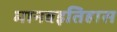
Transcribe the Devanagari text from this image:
मानवइतिहास